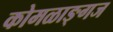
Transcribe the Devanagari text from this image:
कोमळाङ्गज